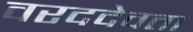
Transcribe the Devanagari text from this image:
वरददेवता